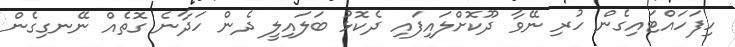
ހިފަހައްޓައިގެން ހުރި ނޭވާ ދޫކޮށްލައިފައި ދެކޮޅު ބަލައިލީ ދެން ހަދާނެ ގޮތެއް ނޭނގިގެން